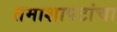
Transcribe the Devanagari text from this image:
तमाशापटांचा